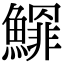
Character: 𩻲